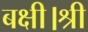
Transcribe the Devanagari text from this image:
बक्षी।श्री